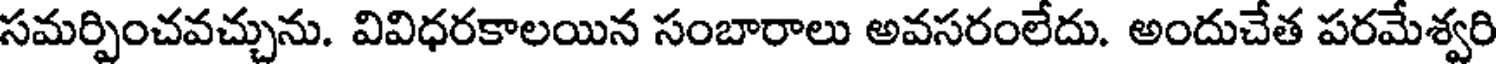
సమర్పించవచ్చును. వివిధరకాలయిన సంబారాలు అవసరంలేదు. అందుచేత పరమేశ్వరి